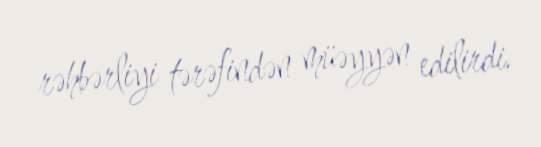
rəhbərliyi tərəfindən müəyyən edilirdi.